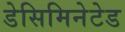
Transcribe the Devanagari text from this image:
डेसिमिनेटेड